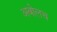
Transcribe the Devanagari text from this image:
अबोलच